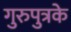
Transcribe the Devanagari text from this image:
गुरुपुत्रके